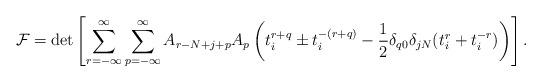
LaTeX: \begin{align*}{\cal F} = \det \left[ \sum_{r=-{\infty}}^{\infty}\sum_{p=-{\infty}}^{\infty} A_{r-N+j+p}A_{p}\left(t_{i}^{r+q} \pm t_{i}^{-(r+q)} -\frac{1}{2}\delta_{q0}\delta_{jN}(t_{i}^{r}+t_{i}^{-r})\right)\right].\end{align*}